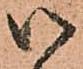
御